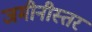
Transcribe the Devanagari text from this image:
जमीनीस्तर